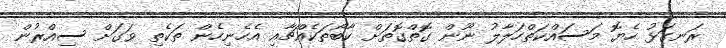
ރަނގަޅު ހެޔޮ މަސައްކަތްހަލާލު ނޫން ގޮތްގޮތަށް ކާބޯތަކެއްޗާއި އެހެނިހެން ތަކެތި ވަގަށް ސިއްރުން